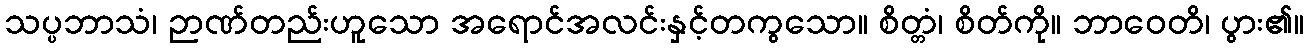
သပ္ပဘာသံ၊ ဉာဏ်တည်းဟူသော အရောင်အလင်းနှင့်တကွသော။ စိတ္တံ၊ စိတ်ကို။ ဘာဝေတိ၊ ပွား၏။